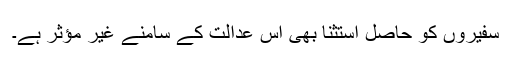
سفیروں کو حاصل استثنا بھی اس عدالت کے سامنے غیر مؤثر ہے۔